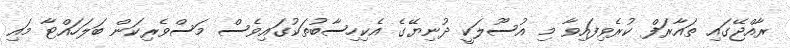
ރާއްޖޭގައި ތައާރަފް ކުރެވިފައިވާ މި އުސޫލަކީ ދުނިޔޭގެ އެކިހިސާބުތަކުގައިވެސް މަސްވެރިކަން ބަލަހައްޓާ މައި